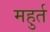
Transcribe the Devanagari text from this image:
महुर्त